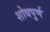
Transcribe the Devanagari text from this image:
शोधपुर्ण